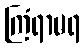
ကြံရာမရ